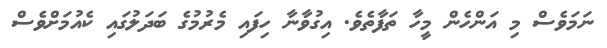
ނަމަވެސް މި އަންހެން މީހާ ތަފާތެވެ. އިގުވާނާ ހިފައި މެރުމުގެ ބަދަލުގައި ކެއުމަށްވެސް